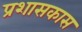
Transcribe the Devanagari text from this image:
प्रशासकास